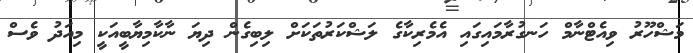
މަޝްހޫރު ވިއެޓްނާމް ހަނގުރާމައިގައި އެމެރިކާގެ ލަޝްކަރުތަކަށް ލިބިގެން ދިޔަ ނާކާމިޔާބީއަކީ މިއަދު ވެސް